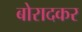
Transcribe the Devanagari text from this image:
बोरादकर